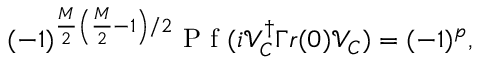
\begin{array} { r } { ( - 1 ) ^ { \frac { M } { 2 } \left( \frac { M } { 2 } - 1 \right) / 2 } \mathrm { ~ P ~ f ~ } ( i \mathcal { V } _ { C } ^ { \dagger } \Gamma r ( 0 ) \mathcal { V } _ { C } ) = ( - 1 ) ^ { p } , } \end{array}